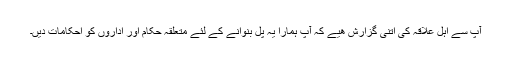
آپ سے اہل علاقہ کی اتنی گزارش ھيے کہ آپ ہمارا يہ پل بنوانے کے لئے متعلقہ حکام اور اداروں کو احکامات دیں۔